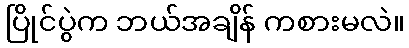
ပြိုင်ပွဲက ဘယ်အချိန် ကစားမလဲ။